Scottish Leaving Certificate Examination, 1957
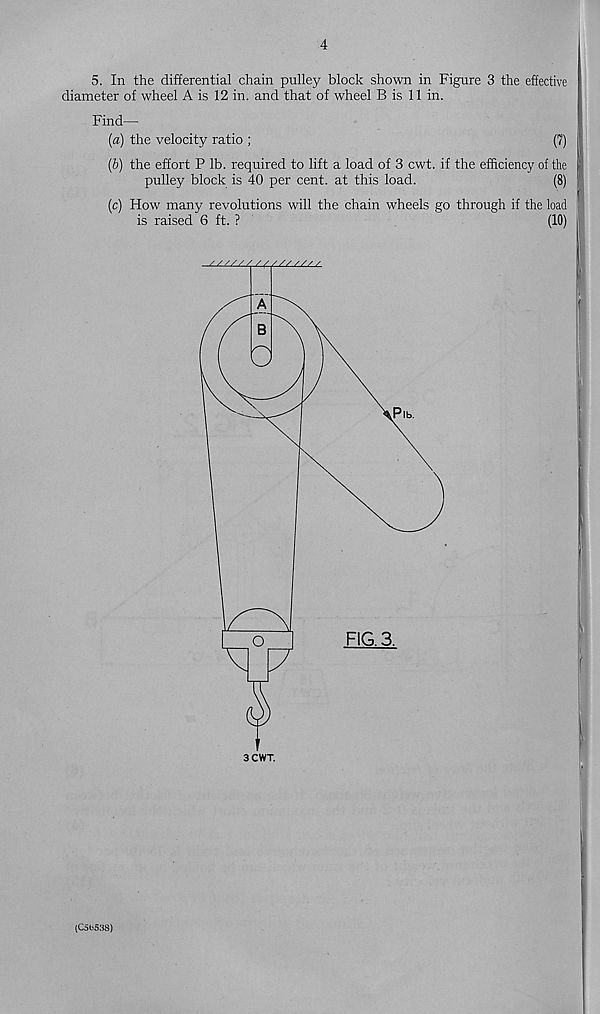
4
5. In the differential chain pulley block shown in Figure 3 the effective
diameter of wheel A is 12 in. and that of wheel B is 11 in.
Find—
(«) the velocity ratio ;
(7)
(b) the effort P lb. required to lift a load of 3 cwt. if the efficiency of the
pulley block is 40 per cent, at this load.
(8)
(c) How many revolutions will the chain wheels go through if the load
is raised 6 ft. ?
(10)
(C5b5.' S8)